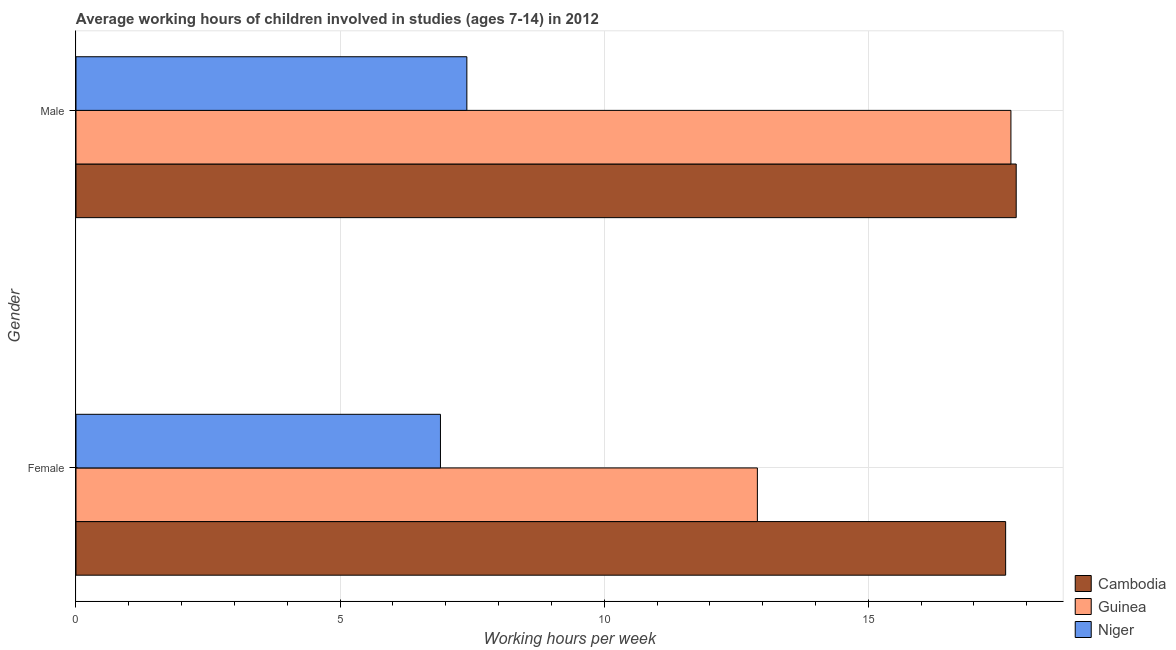
| Gender | Cambodia | Guinea | Niger |
 | --- | --- | --- | --- |
 | Female | 17.6 | 12.9 | 6.9 |
 | Male | 17.8 | 17.7 | 7.4 |